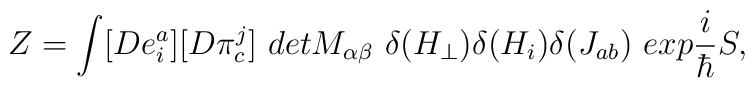
Z=\int [De_{i}^{a}][D\pi _{c}^{j}]\ detM_{\alpha \beta }\ \delta (H_{\perp})\delta (H_{i})\delta (J_{ab})\ exp\frac{i}{\hbar }S,